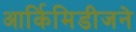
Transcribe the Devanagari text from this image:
आर्किमिडीजने